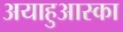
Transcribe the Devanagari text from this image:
अयाहुआस्का